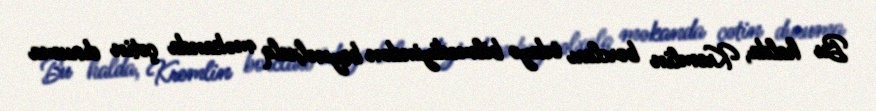
Bu halda, Kremlin borcları ödəyə bilmədiyindən beynəlxalq məkanda çətin duruma